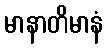
မာနာတိမာနံ